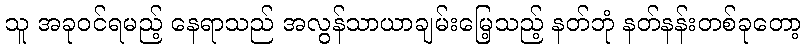
သူ အခုဝင်ရမည့် နေရာသည် အလွန်သာယာချမ်းမြေ့သည့် နတ်ဘုံ နတ်နန်းတစ်ခုတော့